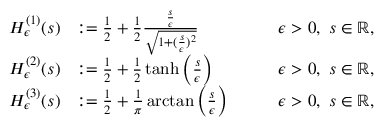
\begin{array} { r l r } { H _ { \epsilon } ^ { ( 1 ) } ( s ) } & { : = \frac { 1 } { 2 } + \frac { 1 } { 2 } \frac { \frac { s } { \epsilon } } { \sqrt { 1 + ( \frac { s } { \epsilon } ) ^ { 2 } } } } & { \qquad \epsilon > 0 , \ s \in \mathbb { R } , } \\ { H _ { \epsilon } ^ { ( 2 ) } ( s ) } & { : = \frac { 1 } { 2 } + \frac { 1 } { 2 } \operatorname { t a n h } \left( \frac { s } { \epsilon } \right) } & { \qquad \epsilon > 0 , \ s \in \mathbb { R } , } \\ { H _ { \epsilon } ^ { ( 3 ) } ( s ) } & { : = \frac { 1 } { 2 } + \frac { 1 } { \pi } \arctan \left( \frac { s } { \epsilon } \right) } & { \qquad \epsilon > 0 , \ s \in \mathbb { R } , } \end{array}